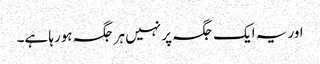
اور یہ ایک جگہ پر نہیں ہر جگہ ہورہا ہے۔